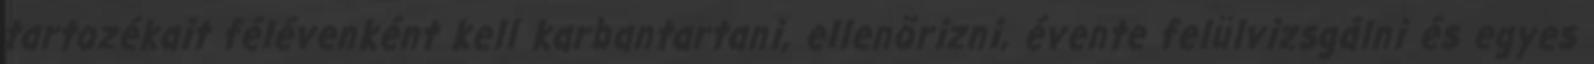
tartozékait félévenként kell karbantartani, ellenõrizni, évente felülvizsgálni és egyes